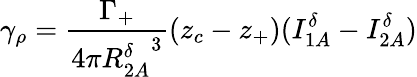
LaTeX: \gamma_{\rho}=\frac{\Gamma_{+}}{4\pi{R_{2A}^{\delta}}^{3}}(z_{c}-z_{+})(I_{1A}^{\delta}-I_{2A}^{\delta})